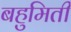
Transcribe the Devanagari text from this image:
बहुमिती